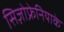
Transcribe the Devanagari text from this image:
सिज़ोफ्रेनियाके